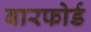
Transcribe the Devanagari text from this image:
बारफोर्ड